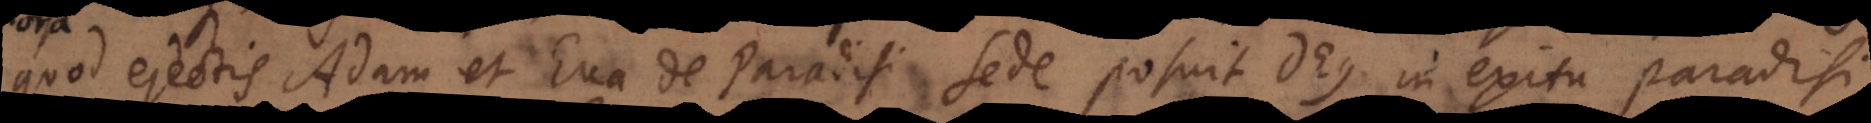
quod ejectis Adam et Eva de Paradisi sede posuit Deus in exitu Paradisi